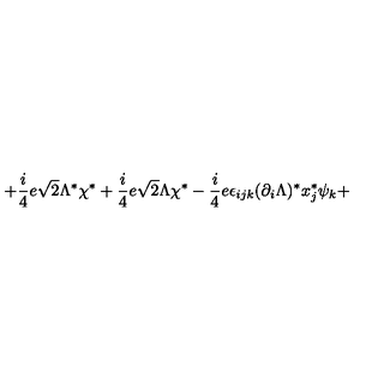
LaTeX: + \frac { i } { 4 } e \sqrt { 2 } \Lambda ^ { \ast } \chi ^ { \ast } + \frac { i } { 4 } e \sqrt { 2 } \Lambda \chi ^ { \ast } - \frac { i } { 4 } e \epsilon _ { i j k } ( \partial _ { i } \Lambda ) ^ { \ast } x _ { j } ^ { \ast } \psi _ { k } +